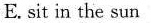
E. Sit in the sun